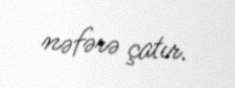
nəfərə çatır.